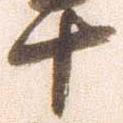
十